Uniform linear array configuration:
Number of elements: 4
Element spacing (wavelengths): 0.75
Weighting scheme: kaiser
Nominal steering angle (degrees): -60
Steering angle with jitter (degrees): -59.476
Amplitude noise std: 0.05
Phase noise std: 0.05

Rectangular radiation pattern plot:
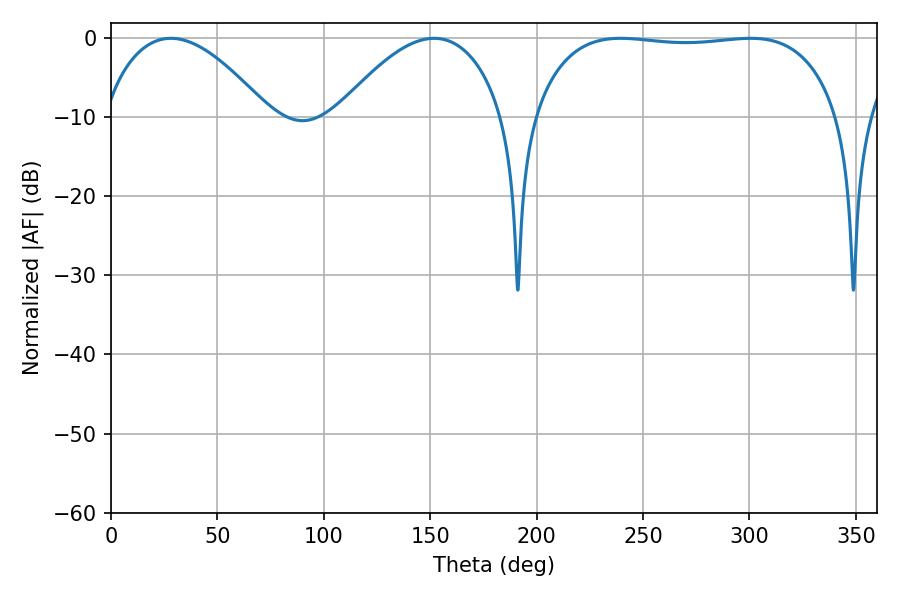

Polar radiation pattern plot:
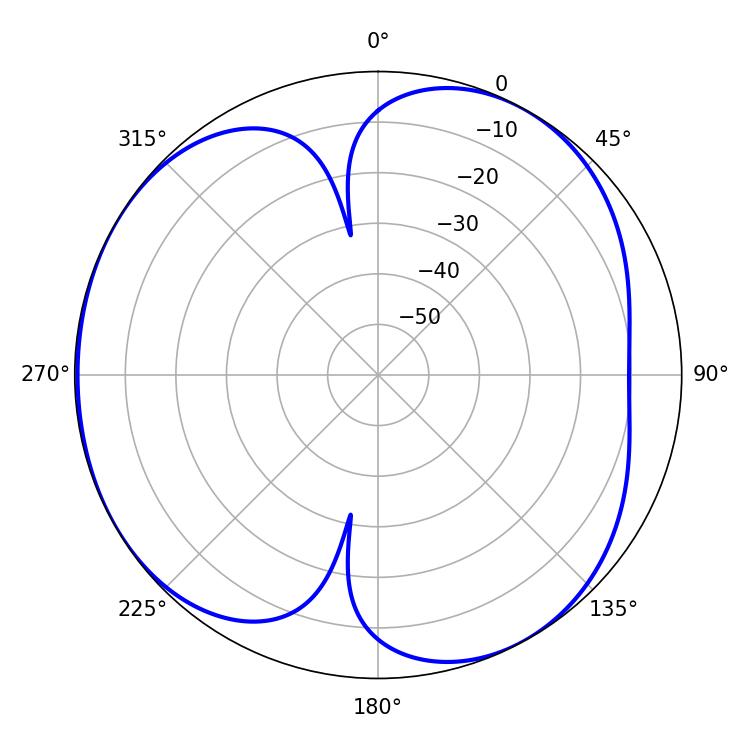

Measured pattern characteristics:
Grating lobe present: TRUE
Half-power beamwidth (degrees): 113.76
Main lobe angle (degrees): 239.4